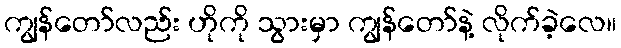
ကျွန်တော်လည်း ဟိုကို သွားမှာ ကျွန်တော်နဲ့ လိုက်ခဲ့လေ။